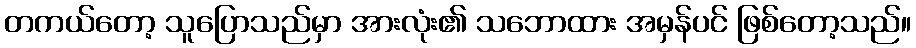
တကယ်တော့ သူပြောသည်မှာ အားလုံး၏ သဘောထား အမှန်ပင် ဖြစ်တော့သည်။